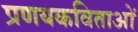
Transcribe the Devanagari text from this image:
प्रणयकविताओं